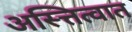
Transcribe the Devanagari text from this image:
अस्त्तित्वात